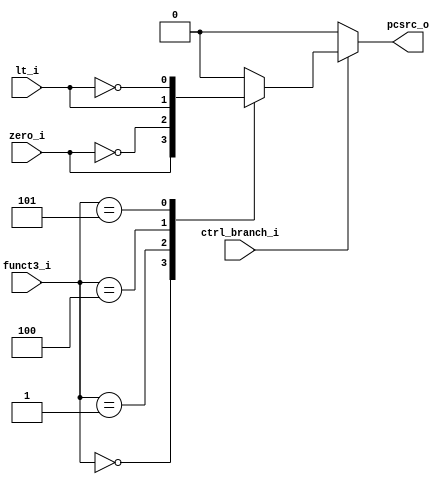
`timescale 1ns / 1ps

// RISC-V Branch logic
module riscv_branch(
    input              ctrl_branch_i   // Signal indicating whether it is a branch instruction
,   input       [ 2:0] funct3_i        // funct3 field of branch instruction
,   input              zero_i          // less-than flag
,   input              lt_i            // zero flag

,   output reg         pcsrc_o         // Signal indicating whether to branch
);

// Generates control signal according to branch instruction type
always @(*) begin
    pcsrc_o = 0;
    if (ctrl_branch_i) begin    // If it is branch instruction
        case (funct3_i)         // instruction type is determined by funct3 field
            3'b000: pcsrc_o = zero_i;   // BEQ
            3'b001: pcsrc_o = !zero_i;  // BNE
            3'b100: pcsrc_o = lt_i;     // BLT
            3'b101: pcsrc_o = !lt_i;    // BGE
        endcase
    end
end

endmodule